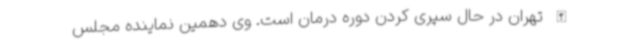
الله تهران در حال سپری کردن دوره درمان است. وی دهمین نماینده مجلس